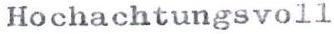
Hochachtungsvoll